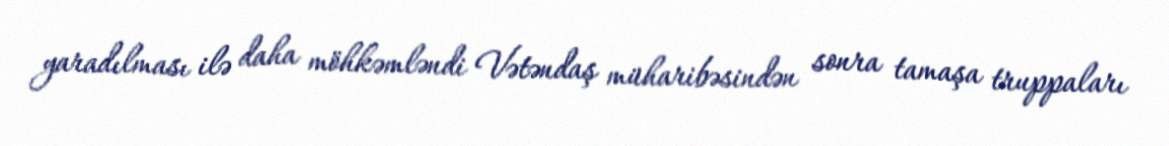
yaradılması ilə daha möhkəmləndi Vətəndaş müharibəsindən sonra tamaşa truppaları